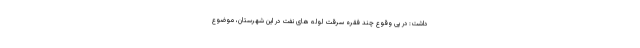
داشت: در پی وقوع چند فقره سرقت لوله های نفت در این شهرستان، موضوع